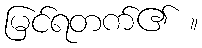
မြင်ရတက်၏ ။